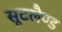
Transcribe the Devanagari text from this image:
सूटलैण्ड